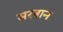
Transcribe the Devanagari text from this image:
सरबान